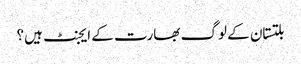
بلتستان کے لوگ بھارت کے ایجنٹ ہیں؟